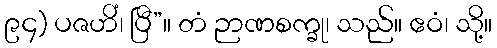
၉၄) ပဇဟိံ၊ ပြီ”။ တံ ဉာဏစက္ခု၊ သည်။ ဧဝံ၊ သို့။